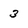
Character: 3